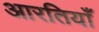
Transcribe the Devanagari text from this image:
आरतियाँ